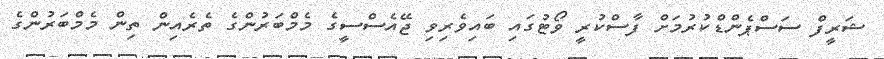
ޝަރީފް ސަސްޕެންޑްކުރުމަށް ފާސްކުރީ ވޯޓުގައި ބައިވެރިވި ޖޭއެސްސީގެ މެމްބަރުންގެ ތެރެއިން ތިން މެމްބަރުންގެ